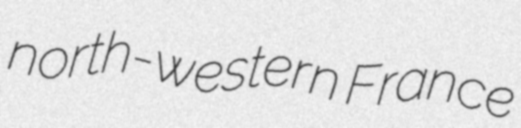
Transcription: north-western France